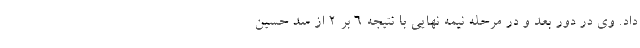
داد. وی در دور بعد و در مرحله نیمه نهایی با نتیجه ۶ بر ۲ از سد حسین